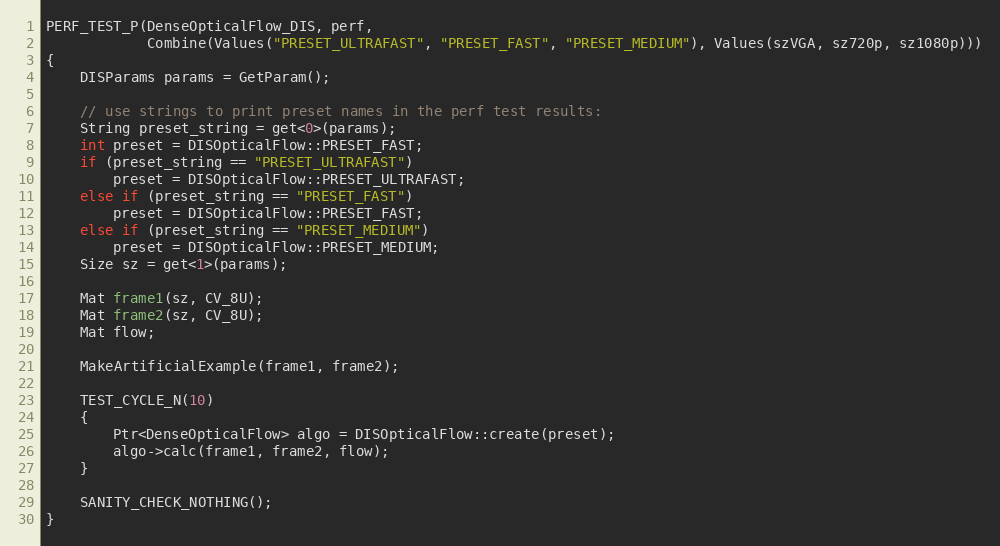
Language: C++
PERF_TEST_P(DenseOpticalFlow_DIS, perf,
            Combine(Values("PRESET_ULTRAFAST", "PRESET_FAST", "PRESET_MEDIUM"), Values(szVGA, sz720p, sz1080p)))
{
    DISParams params = GetParam();

    // use strings to print preset names in the perf test results:
    String preset_string = get<0>(params);
    int preset = DISOpticalFlow::PRESET_FAST;
    if (preset_string == "PRESET_ULTRAFAST")
        preset = DISOpticalFlow::PRESET_ULTRAFAST;
    else if (preset_string == "PRESET_FAST")
        preset = DISOpticalFlow::PRESET_FAST;
    else if (preset_string == "PRESET_MEDIUM")
        preset = DISOpticalFlow::PRESET_MEDIUM;
    Size sz = get<1>(params);

    Mat frame1(sz, CV_8U);
    Mat frame2(sz, CV_8U);
    Mat flow;

    MakeArtificialExample(frame1, frame2);

    TEST_CYCLE_N(10)
    {
        Ptr<DenseOpticalFlow> algo = DISOpticalFlow::create(preset);
        algo->calc(frame1, frame2, flow);
    }

    SANITY_CHECK_NOTHING();
}